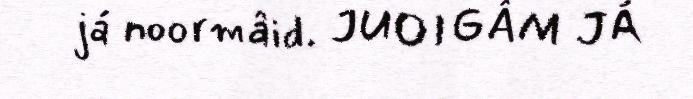
já noormâid. JUOIGÂM JÁ